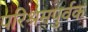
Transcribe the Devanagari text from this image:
परिश्रमपुर्वक